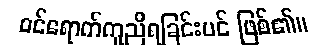
ဝင်ရောက်ကူညီရခြင်းပင် ဖြစ်၏။